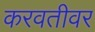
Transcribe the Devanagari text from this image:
करवतीवर